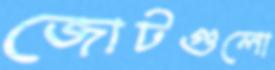
জোটগুলো